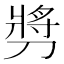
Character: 𫦔